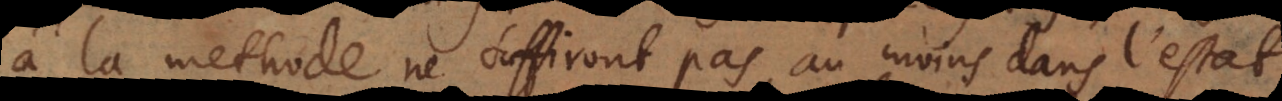
à la methode ne suffiront pas, au moins dans l’estat